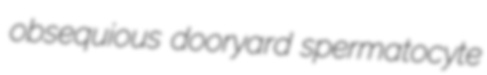
obsequious dooryard spermatocyte